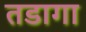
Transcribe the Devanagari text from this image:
तडागा